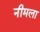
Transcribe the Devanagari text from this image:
नीमला